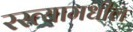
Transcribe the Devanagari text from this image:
रस्त्यामधील